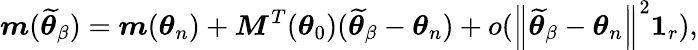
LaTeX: \boldsymbol{m}(\widetilde{\boldsymbol{\theta}}_{\beta})=\boldsymbol{m}(\boldsymbol{\theta}_{n})+\boldsymbol{M}^{T}(\boldsymbol{\theta}_{0})(\widetilde{\boldsymbol{\theta}}_{\beta}-\boldsymbol{\theta}_{n})+o(\left\Vert\widetilde{\boldsymbol{\theta}}_{\beta}-\boldsymbol{\theta}_{n}\right\Vert^{2}\boldsymbol{1}_{r}),